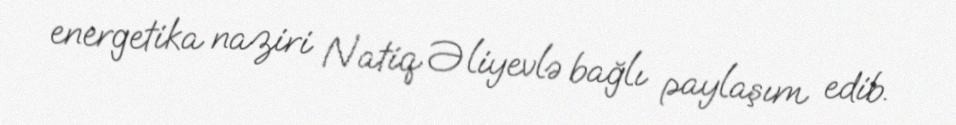
energetika naziri Natiq Əliyevlə bağlı paylaşım edib.